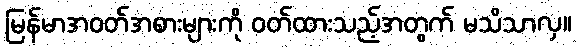
မြန်မာအဝတ်အစားများကို ဝတ်ထားသည့်အတွက် မသိသာလှ။